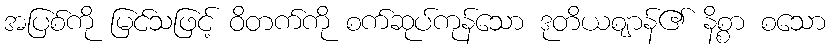
အပြစ်ကို မြင်သဖြင့် ဝိတက်ကို စက်ဆုပ်ကုန်သော ဒုတိယဈာန်၏ နိစ္စာ စသော